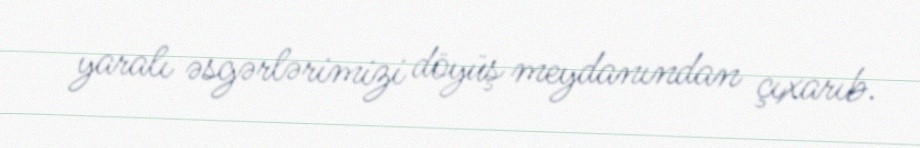
yaralı əsgərlərimizi döyüş meydanından çıxarıb.